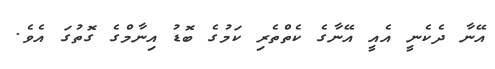
އޭނާ ދެކެނީ އެއީ އޭނާގެ ކެތްތެރި ކަމުގެ ބޮޑު އިނާމްގެ ގޮތުގަ އެވެ.